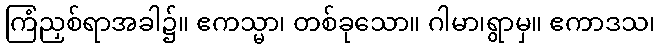
ကြံညှစ်ရာအခါ၌။ ဧကသ္မာ၊ တစ်ခုသော။ ဂါမာ၊ရွာမှ။ ဧကာဒသ၊